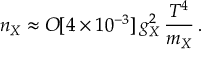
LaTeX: n _ { X } \approx O [ 4 \times 1 0 ^ { - 3 } ] \, g _ { X } ^ { 2 } \, \frac { T ^ { 4 } } { m _ { X } } \, .